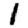
Digit: 1